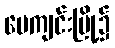
ပေကျင်းမြို့၌